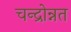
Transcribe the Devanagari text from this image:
चन्द्रोन्नत